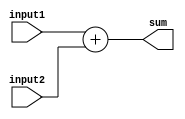
module fixed_point_adder (
    input [31:0] input1, // input port representing the fixed-point number 1
    input [31:0] input2, // input port representing the fixed-point number 2
    output [31:0] sum // output port delivering the result of the addition
);

// Fixed-point adder logic
assign sum = input1 + input2;

endmodule